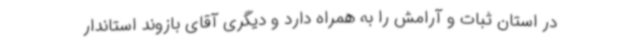
در استان ثبات و آرامش را به همراه دارد و دیگری آقای بازوند استاندار